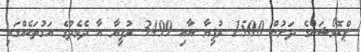
ޕްރޮމޯޝަންގެ ދަށުން 1500 ރުފިޔާ އާއި 3499 ރުފިޔާ އާ ދެމެދުގެ އަގުތަކެއްގައި